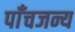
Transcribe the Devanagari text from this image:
पाँचजन्य